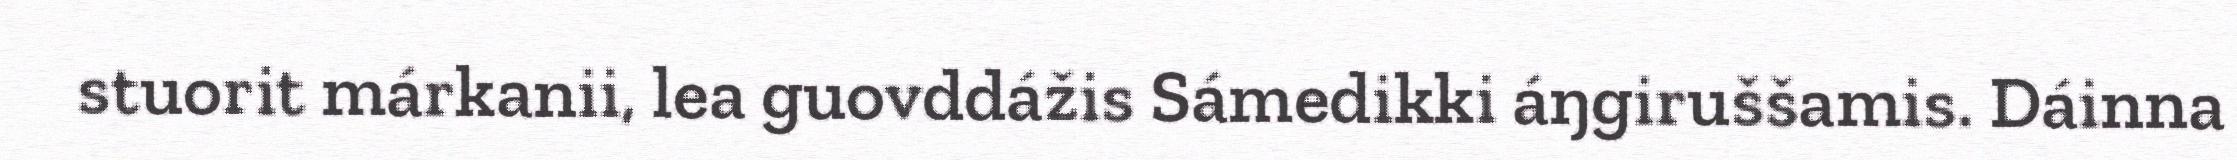
stuorit márkanii, lea guovddážis Sámedikki áŋgiruššamis. Dáinna